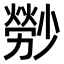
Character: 𤎤